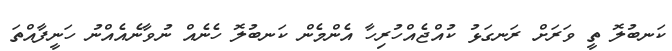
ކަނބުލޮ ތީ ވަރަށް ރަނގަޅު ކުއްޖެއްހުރިހާ އެންމެން ކަނބުލޮ ހެނެއް ނުވާނެއެއްނު ހަނީފާއްތަ